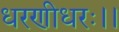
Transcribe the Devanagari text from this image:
धरणीधरः।।